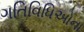
ગતિવિધિઅોના